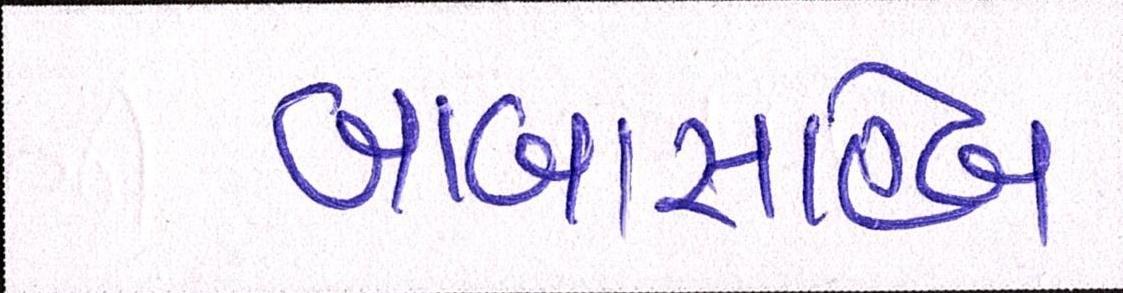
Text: બાબાસાહેબ